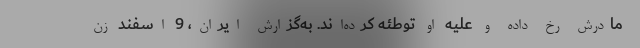
مادرش رخ داده و علیه او توطئه کرده‌اند. به‌گزارش ایران، 9 اسفند زن